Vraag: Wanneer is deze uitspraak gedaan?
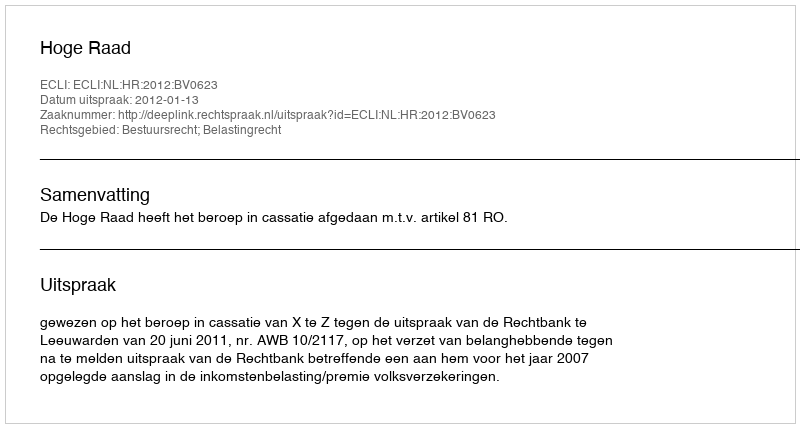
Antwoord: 2012-01-13